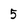
Character: 5